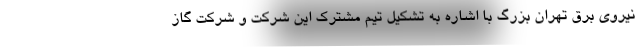
نیروی برق تهران بزرگ با اشاره به تشکیل تیم مشترک این شرکت و شرکت گاز